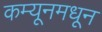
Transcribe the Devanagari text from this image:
कम्यूनमधून